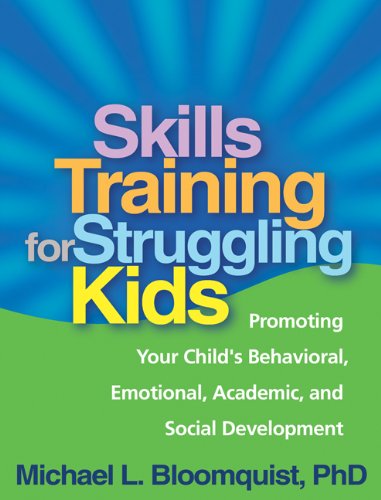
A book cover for Skills Training for Struggling Kids: Promoting Your Child's Behavioral, Emotional, Academic, and Social Development; Michael L. Bloomquist PhD; Medical Books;